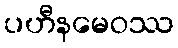
ပဟီနမေဝဿ